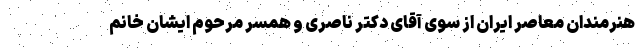
هنرمندان معاصر ایران از سوی آقای دکتر ناصری و همسر مرحوم ایشان خانم